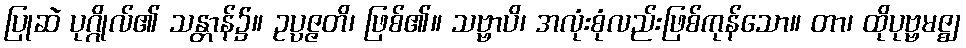
ပြုဆဲ ပုဂ္ဂိုလ်၏ သန္တာန်၌။ ဥပ္ပဇ္ဇတိ၊ ဖြစ်၏။ သဗ္ဗာပိ၊ အလုံးစုံလည်းဖြစ်ကုန်သော။ တာ၊ ထိုပုဗ္ဗမဇ္ဈ